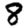
Digit: 8